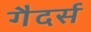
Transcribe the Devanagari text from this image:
गैदर्स